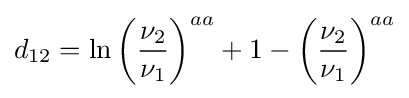
d_{12}=\ln \left({\frac {\nu _{2}}{\nu _{1}}}\right)^{aa}+1-\left({\frac {\nu _{2}}{\nu _{1}}}\right)^{aa}